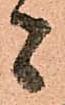
者